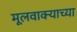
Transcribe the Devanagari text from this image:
मूलवाक्याच्या